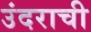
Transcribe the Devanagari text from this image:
उंदराची